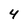
Character: 4